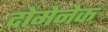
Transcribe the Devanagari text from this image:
दोमेनेक